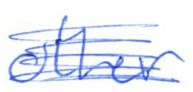
Text: other
Cross-out: scratch
Writing tool: ballpoint